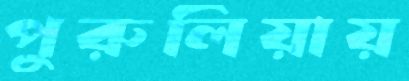
পুরুলিয়ায়